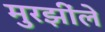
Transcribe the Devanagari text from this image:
मुरझींले